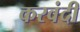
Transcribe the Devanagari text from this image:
करवंदी